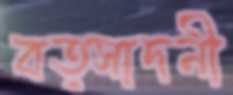
বত্সাদনী